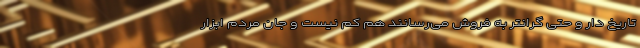
تاریخ دار و حتی گرانتر به فروش می‌رسانند هم کم نیست و جان مردم ابزار